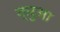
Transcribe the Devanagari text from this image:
क्रुआ